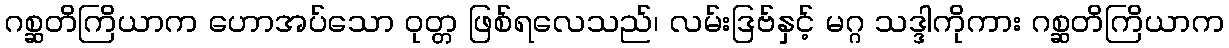
ဂစ္ဆတိကြိယာက ဟောအပ်သော ဝုတ္တ ဖြစ်ရလေသည်၊ လမ်းဒြဗ်နှင့် မဂ္ဂ သဒ္ဒါကိုကား ဂစ္ဆတိကြိယာက